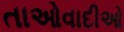
તાઓવાદીઓ